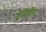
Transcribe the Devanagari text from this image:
मेदिचींना